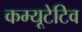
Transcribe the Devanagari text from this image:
कम्यूटेटिव